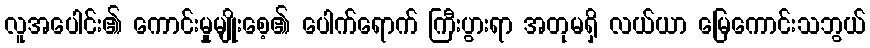
လူအပေါင်း၏ ကောင်းမှုမျိုးစေ့၏ ပေါက်ရောက် ကြီးပွားရာ အတုမရှိ လယ်ယာ မြေကောင်းသဘွယ်